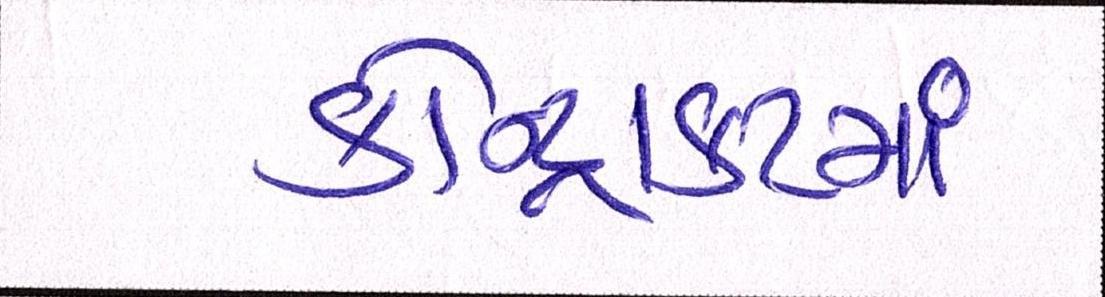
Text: કોન્ટ્રાકટમાં